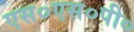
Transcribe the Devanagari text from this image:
एस०एस०पी०